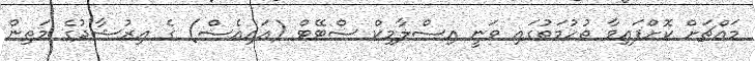
މައްޗަށް ކޮށްފައިވާ ތުހުމަތުގައި ވަނީ އިސްލާމިކް ސްޓޭޓް (އައިއެސް) ގެ އިރުޝާދުގެ މަތިން